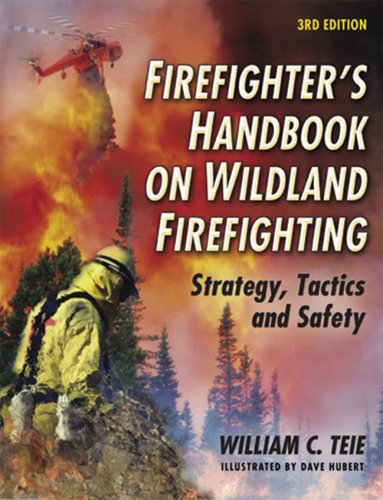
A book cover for Firefighter's Handbook on Wildland Firefighting: Strategy, Tactics and Safety; William C. Teie; Science & Math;